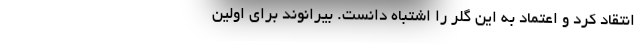
انتقاد کرد و اعتماد به این گلر را اشتباه دانست. بیرانوند برای اولین